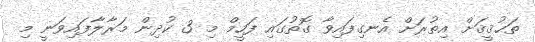
ތަޙުޤީޤަށް އިތުރަށް އެނގިފައިވާ ގޮތުގައި ފަހީމް މި 3 ކުދިން މަރާލާފައިވަނީ މި